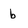
Character: b